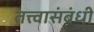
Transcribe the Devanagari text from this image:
तत्त्वासंबंधी